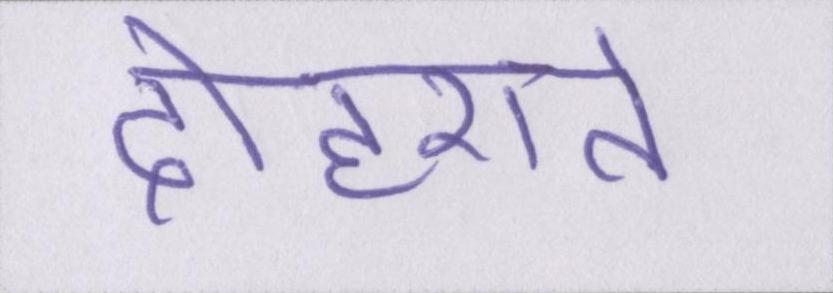
दोहराते